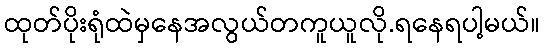
ထုတ်ပိုးရုံထဲမှနေအလွယ်တကူယူလို.ရနေရပါ့မယ်။